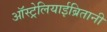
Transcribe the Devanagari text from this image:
ऑस्ट्रेलियाईब्रितानी